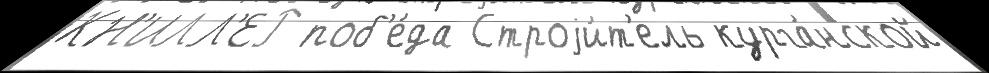
КН'ИЛЛ'ЕР поб'е́да Строjи́т'ель курга́нской